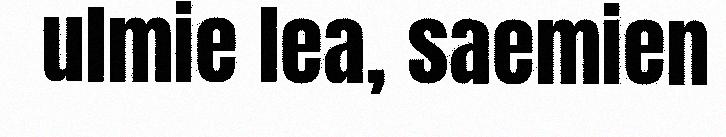
ulmie lea, saemien